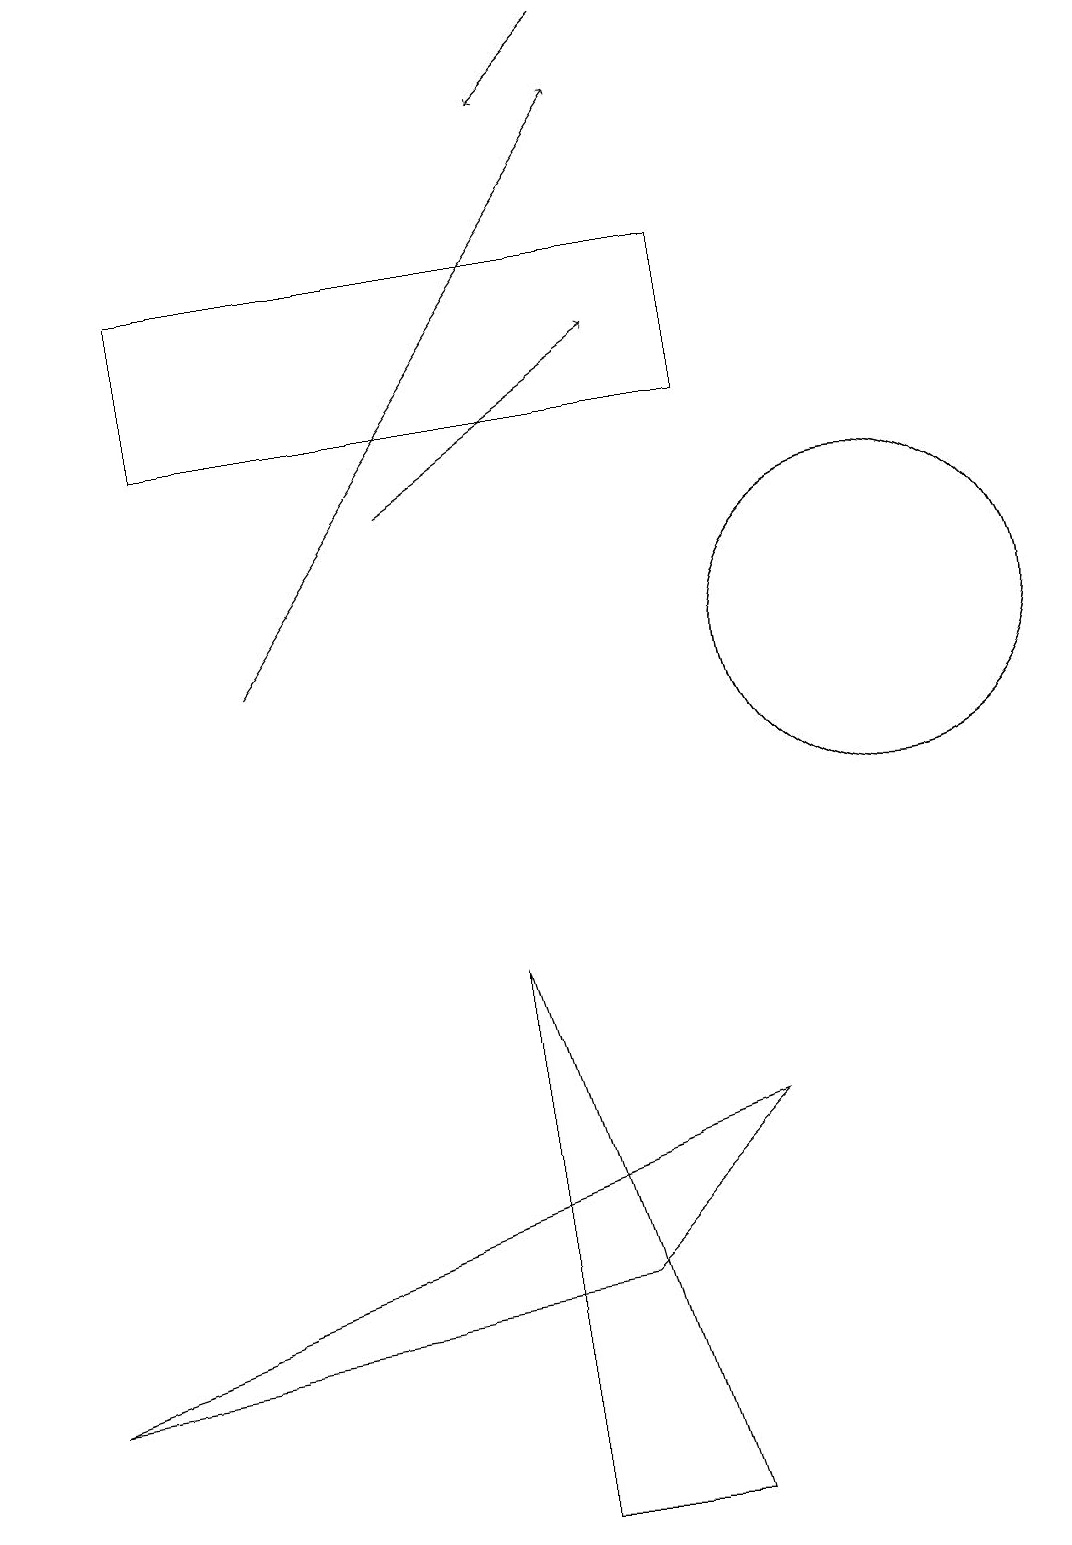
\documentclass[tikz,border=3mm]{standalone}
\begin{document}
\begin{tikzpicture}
\draw (2,14) rectangle (9,16);
\draw (11,11) circle (2);
\draw[->] (8,19) -- (7,18);
\draw (0,2) -- (7,3) -- (9,5) -- cycle;
\draw[->] (3,11) -- (8,18);
\draw (8,0) -- (6,7) -- (6,0) -- cycle;
\draw[->] (5,13) -- (8,15);
\draw (11,11) circle (2);
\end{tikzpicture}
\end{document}